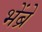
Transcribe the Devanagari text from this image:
भेंब्रे